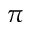
\pi